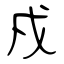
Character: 戍